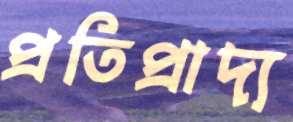
প্রতিপ্রাদ্য